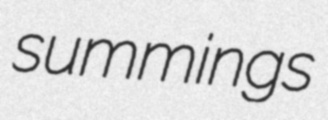
summings